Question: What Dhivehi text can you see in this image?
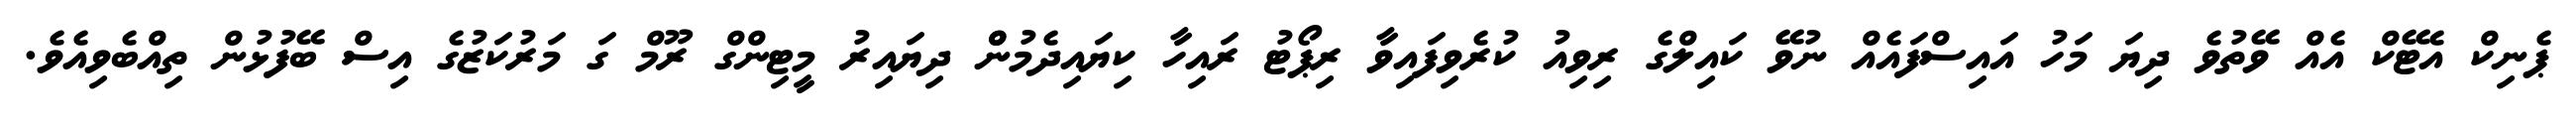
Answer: ޕެނިކް އެޓޭކް އެއް ވޭތުވެ ދިޔަ މަހު އައިސްފައެއް ނުވޭ ކައިލްގެ ރިވިއު ކުރެވިފައިވާ ރިޕޯޓު ރައިހާ ކިޔައިދެމުންް ދިޔައިރު މީޓިންގް ރޫމް ގަ މަރުކަޒުގެ އިސް ބޭފުޅުން ތިއްބެވިއެވެ.